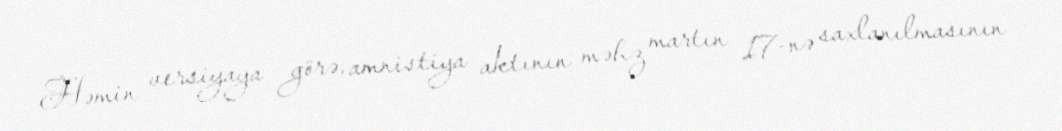
Həmin versiyaya görə, amnistiya aktının məhz martın 17-nə saxlanılmasının